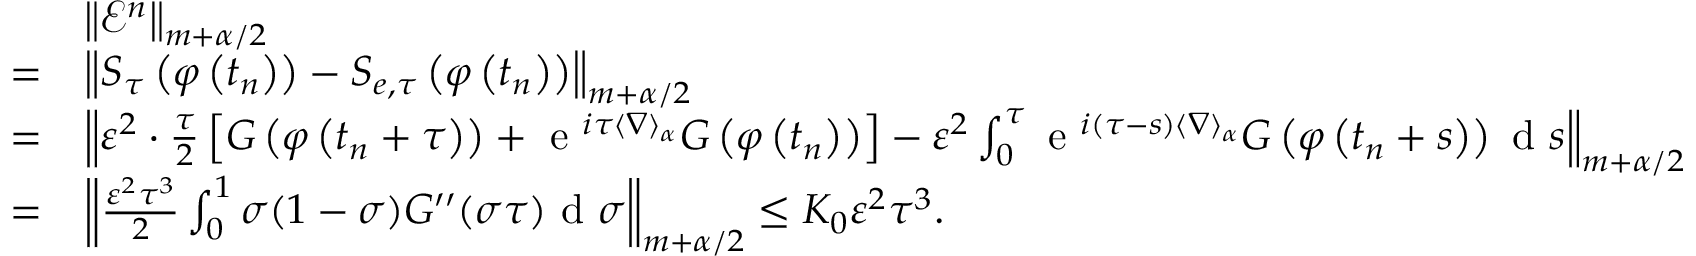
\begin{array} { r l } & { \left\| \mathcal { E } ^ { n } \right\| _ { m + \alpha / 2 } } \\ { = } & { \left\| S _ { \tau } \left( \varphi \left( t _ { n } \right) \right) - S _ { e , \tau } \left( \varphi \left( t _ { n } \right) \right) \right\| _ { m + \alpha / 2 } } \\ { = } & { \left\| \varepsilon ^ { 2 } \cdot \frac { \tau } { 2 } \left[ G \left( \varphi \left( t _ { n } + \tau \right) \right) + \textrm { e } ^ { i \tau \langle \nabla \rangle _ { \alpha } } G \left( \varphi \left( t _ { n } \right) \right) \right] - \varepsilon ^ { 2 } \int _ { 0 } ^ { \tau } \textrm { e } ^ { i ( \tau - s ) \langle \nabla \rangle _ { \alpha } } G \left( \varphi \left( t _ { n } + s \right) \right) \textrm { d } s \right\| _ { m + \alpha / 2 } } \\ { = } & { \left\| \frac { \varepsilon ^ { 2 } \tau ^ { 3 } } { 2 } \int _ { 0 } ^ { 1 } \sigma ( 1 - \sigma ) G ^ { \prime \prime } ( \sigma \tau ) \textrm { d } \sigma \right\| _ { m + \alpha / 2 } \leq K _ { 0 } \varepsilon ^ { 2 } \tau ^ { 3 } . } \end{array}